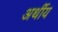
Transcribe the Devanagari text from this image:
अर्थीय